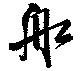
舩